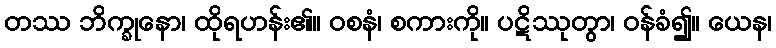
တဿ ဘိက္ခုနော၊ ထိုရဟန်း၏။ ဝစနံ၊ စကားကို။ ပဋိဿုတွာ၊ ဝန်ခံ၍။ ယေန၊